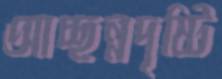
আচ্ছন্নদৃষ্টি